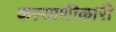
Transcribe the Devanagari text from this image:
कल्याणीकारी